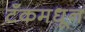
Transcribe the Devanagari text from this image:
टँकमधून